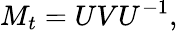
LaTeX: M_{t}=UVU^{-1},